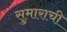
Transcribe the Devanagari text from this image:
सुमाराची